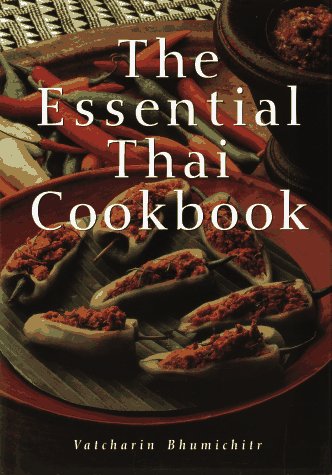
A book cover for The Essential Thai Cookbook; Vatchari Bhumichitr; Cookbooks, Food & Wine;